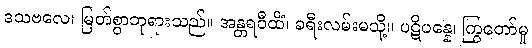
ဒသဗလေ၊ မြတ်စွာဘုရားသည်။ အန္တရဝီထိံ၊ ခရီးလမ်းမသို့။ ပဋိပန္နေ၊ ကြွတော်မူ